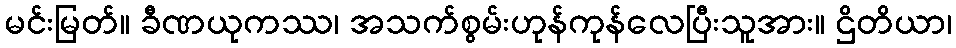
မင်းမြတ်။ ခီဏယုကဿ၊ အသက်စွမ်းဟုန်ကုန်လေပြီးသူအား။ ဌိတိယာ၊